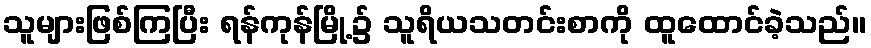
သူများဖြစ်ကြပြီး ရန်ကုန်မြို့၌ သူရိယသတင်းစာကို ထူထောင်ခဲ့သည်။